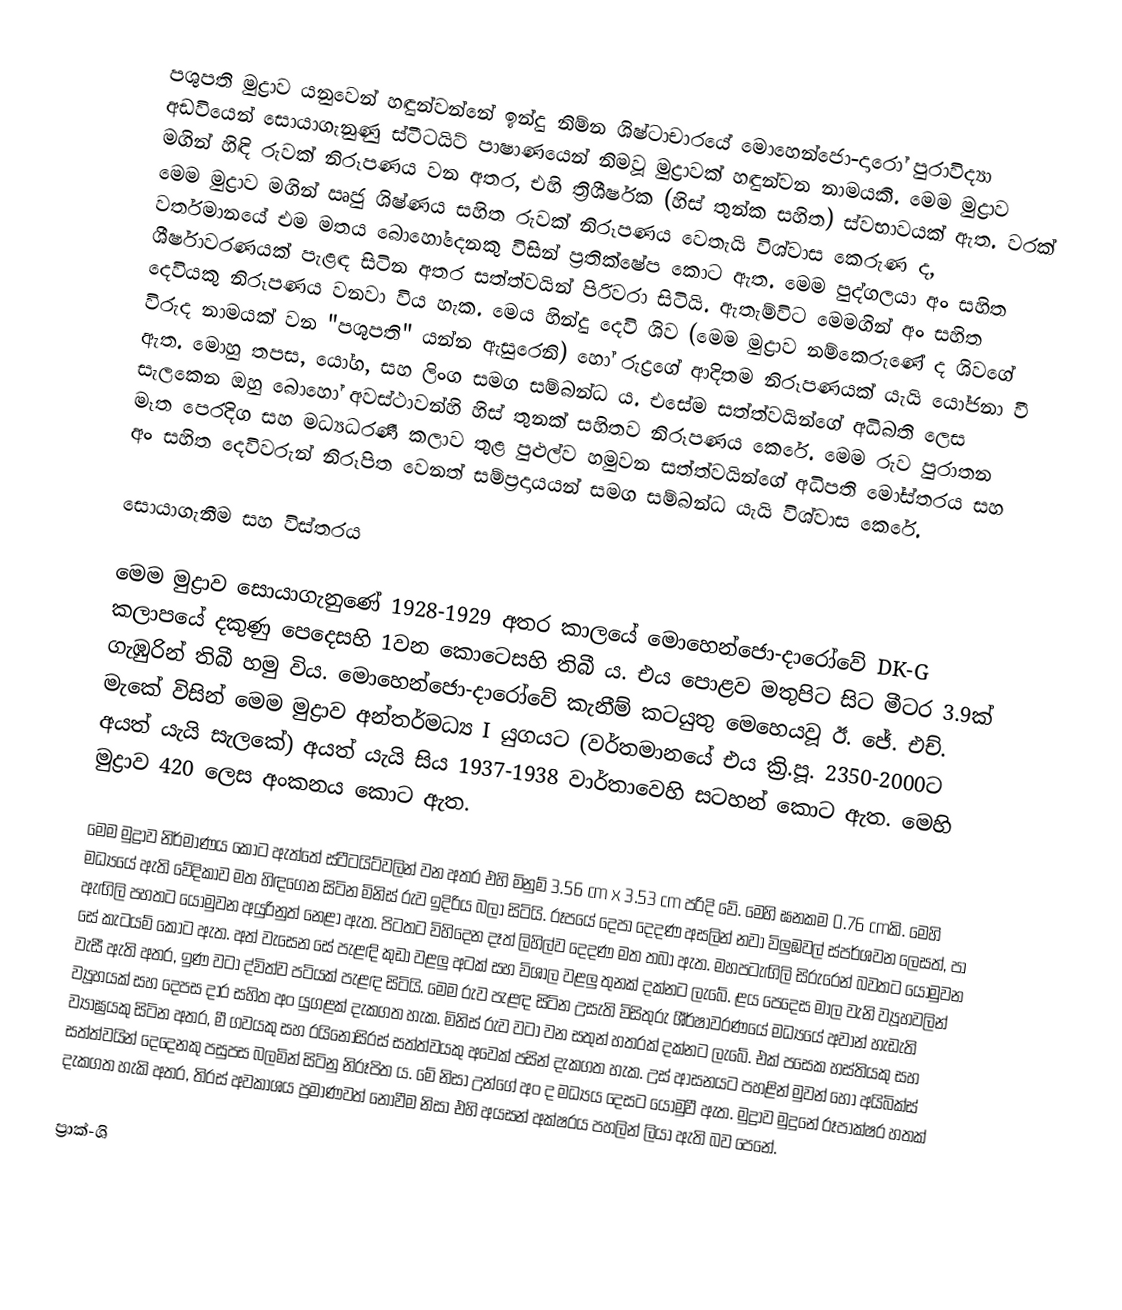
පශුපති මුද්‍රාව යනුවෙන් හඳුන්වන්නේ ඉන්දු නිම්න ශිෂ්ටාචාරයේ මොහෙන්ජො-දාරෝ පුරාවිද්‍යා අඩවියෙන් සොයාගැනුණු ස්ටීටයිට් පාෂාණයෙන් නිමවූ මුද්‍රාවක් හඳුන්වන නාමයකි‍. මෙම මුද්‍රාව මගින් හිඳි රුවක් නිරූපණය වන අතර, එහි ත්‍රිශීර්ෂක (හිස් තුන්ක සහිත) ස්වභාවයක් ඇත. වරක් මෙම මුද්‍රාව මගින් ඍජු ශිෂ්ණය සහිත රුවක් නිරූපණය වෙතැයි විශ්වාස කෙරුණ ද, වර්තමානයේ එම මතය බොහෝදෙනකු විසින් ප්‍රතික්ෂේප කොට ඇත. මෙම පුද්ගලයා අං සහිත ශීර්ෂාවරණයක් පැළඳ සිටින අතර සත්ත්වයින් පිරිවරා සිටියි. ඇතැම්විට මෙමගින් අං සහිත දෙවියකු නිරූපණය වනවා විය හැක. මෙය හින්දු දෙවි ශිව (මෙම මුද්‍රාව නම්කෙරුණේ ද ශිවගේ විරුද නාමයක් වන "පශුපති" යන්න ඇසුරෙනි) හෝ රුද්‍රගේ ආදිතම නිරූපණයක් යැයි යෝජනා වී ඇත. මොහු තපස, යෝග, සහ ලිංග සමග සම්බන්ධ ය. එසේම සත්ත්වයින්ගේ අධිබති ලෙස සැලකෙන ඔහු බොහෝ අවස්ථාවන්හි හිස් තුනක් සහිතව නිරූපණය කෙරේ. මෙම රුව පුරාතන මෑත පෙරදිග සහ මධ්‍යධරණී කලාව තුළ පුළුල්ව හමුවන සත්ත්වයින්ගේ අධිපති මෝස්තරය සහ අං සහිත දෙවිවරුන් නිරූපිත වෙනත් සම්ප්‍රදායයන් සමග සම්බන්ධ යැයි විශ්වාස කෙරේ.

සොයාගැනීම සහ විස්තරය

මෙම මුද්‍රාව සොයාගැනුණේ 1928-1929 අතර කාලයේ මොහෙන්ජො-දාරෝවේ DK-G කලාපයේ දකුණු පෙදෙසහි 1වන කොටෙසහි තිබී ය. එය පොළව මතුපිට සිට මීටර 3.9ක් ගැඹුරින් තිබී හමු විය. මොහෙන්ජො-දාරෝවේ කැනීම් කටයුතු මෙහෙයවූ ඊ. ජේ. එච්. මැකේ විසින් මෙම මුද්‍රාව අන්තර්මධ්‍ය I යුගයට (වර්තමානයේ එය ක්‍රි.පූ. 2350-2000ට අයත් යැයි සැලකේ) අයත් යැයි සිය 1937-1938 වාර්තාවෙහි සටහන් කොට ඇත. මෙහි මුද්‍රාව 420 ලෙස අංකනය කොට ඇත.

මෙම මුද්‍රාව නිර්මාණය කොට ඇත්තේ ස්ටීටයිට්වලින් වන අතර එහි මිනුම් 3.56 cm x 3.53 cm පරිදි වේ. මෙහි ඝනකම 0.76 cmකි. මෙහි මධ්‍යයේ ඇති වේදිකාව මත හිඳගෙන සිටින මිනිස් රුව ඉදිරිය බලා සිටියි. රූපයේ දෙපා දෙදණ අසලින් නවා විලුඹවල් ස්පර්ශවන ලෙසත්, පා ඇඟිලි පහතට යොමුවන අයුරිනුත් නෙළා ඇත. පිටතට විහිදෙන දෑත් ලිහිල්ව දෙදණ මත තබා ඇත. මහපටැඟිලි සිරුරෙන් බවතට යොමුවන සේ කැටයම් කොට ඇත. අත් වැසෙන සේ පැළඳි කුඩා වළලු අටක් සහ විශාල වළලු තුනක් දක්නට ලැබේ. ළය පෙදෙස මාල වැනි ව්‍යූහවලින් වැසී ඇති අතර, ඉණ වටා ද්විත්ව පටියක් පැළඳ සිටියි. මෙම රුව පැළඳ සිටින උසැති විසිතුරු ශීර්ෂාවර‍ණයේ මධ්‍යයේ අවාන් හැඩැති ව්‍යූහයක් සහ දෙපස දාර සහිත අං යුගළක් දැකගත හැක. මිනිස් රුව වටා වන සතුන් හතරක් දක්නට ලැබේ. එක් පසෙක හස්තියකු සහ ව්‍යාඝ්‍රයකු සිටින අතර, මී ගවයකු සහ රයිනෝසිරස් සත්ත්ව‍යකු අවෙක් පසින් දැකගත හැක. උස් ආසනයට පහළින් මුවන් හො අයිබික්ස් සත්ත්වයින් දෙදෙනකු පසුපස බලමින් සිටිනු නිරූපිත ය. මේ නිසා උන්ගේ අං ද මධ්‍යය දෙසට යොමුවී ඇත. මුද්‍රාව මුදුනේ රූපාක්ෂර හතක් දැකගත හැකි අතර, තිරස් අවකාශය ප්‍රමාණවත් නොවීම නිසා එහි අයසන් අක්ෂරය පහලින් ලියා ඇති බව පෙනේ.

ප්‍රාක්-ශි